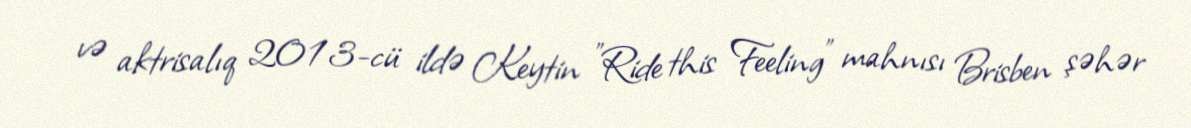
və aktrisalıq 2013-cü ildə Keytin "Ride this Feeling" mahnısı Brisben şəhər